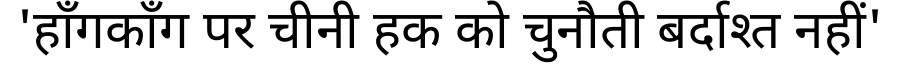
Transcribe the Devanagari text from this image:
'हाँगकाँग पर चीनी हक को चुनौती बर्दाश्त नहीं'